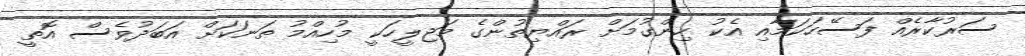
ސަރުކާރެއް ފަސޭހަކަމާއި އެކު ހިންގުމަށް ރައްޔިތުންގެ މަޖިލީހަކީ މުހިއްމު ތަނަކަށް އަބަދުވެސް އޮތީ